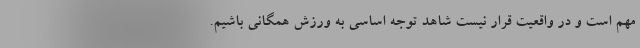
مهم است و در واقعیت قرار نیست شاهد توجه اساسی به ورزش همگانی باشیم.